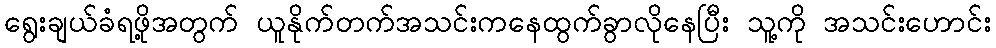
ရွေးချယ်ခံရဖို့အတွက် ယူနိုက်တက်အသင်းကနေထွက်ခွာလိုနေပြီး သူ့ကို အသင်းဟောင်း